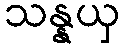
သန္နယှ